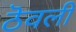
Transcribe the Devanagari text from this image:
ठॆवली